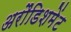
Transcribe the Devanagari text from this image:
अरौंडिशमेंट